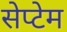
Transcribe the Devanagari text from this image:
सेप्टेम